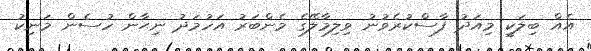
އެއް ބިލަކީ މިއަދު ފާސްކުރެވުނު ވިލިމާލޭގެ މެންބަރު އަހުމަދު ނިޙާން ހުސެން މަނިކު